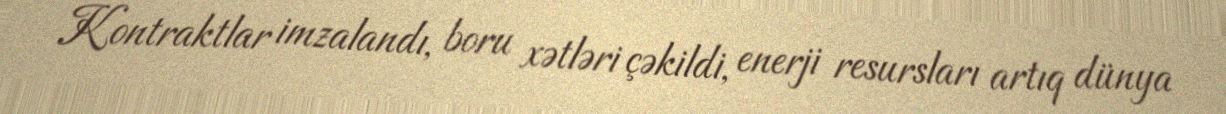
Kontraktlar imzalandı, boru xətləri çəkildi, enerji resursları artıq dünya